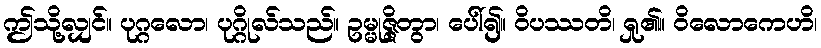
ဤသို့လျှင်။ ပုဂ္ဂလော၊ ပုဂ္ဂိုလ်သည်။ ဥမ္မုဇ္ဇိတွာ၊ ပေါ်၍။ ဝိပဿတိ၊ ရှု၏။ ဝိလောကေဟိ၊